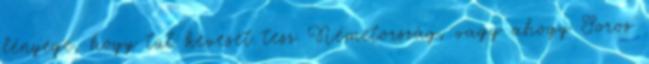
lényege, hogy túl keveset tesz Németország, vagy ahogy Soros